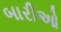
બારીઓ